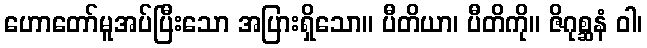
ဟောတော်မူအပ်ပြီးသော အပြားရှိသော။ ပီတိယာ၊ ပီတိကို။ ဇိဂုစ္ဆနံ ဝါ၊